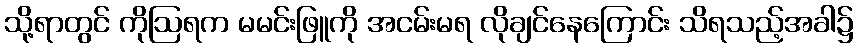
သို့ရာတွင် ကိုဩရက မမင်းဖြူကို အငမ်းမရ လိုချင်နေကြောင်း သိရသည့်အခါ၌